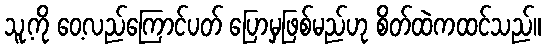
သူ့ကို ဝေ့လည်ကြောင်ပတ် ပြောမှဖြစ်မည်ဟု စိတ်ထဲကထင်သည်။